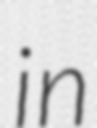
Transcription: in